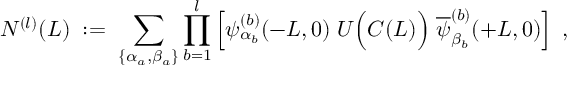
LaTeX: N ^ { ( l ) } ( L ) \; : = \; \sum _ { \{ \alpha _ { a } , \beta _ { a } \} } \prod _ { b = 1 } ^ { l } \left[ \psi _ { \alpha _ { b } } ^ { ( b ) } ( - L , 0 ) \; U \Big ( { \cal C } ( L ) \Big ) \; \overline { { { \psi } } } _ { \beta _ { b } } ^ { ( b ) } ( + L , 0 ) \right] \; ,